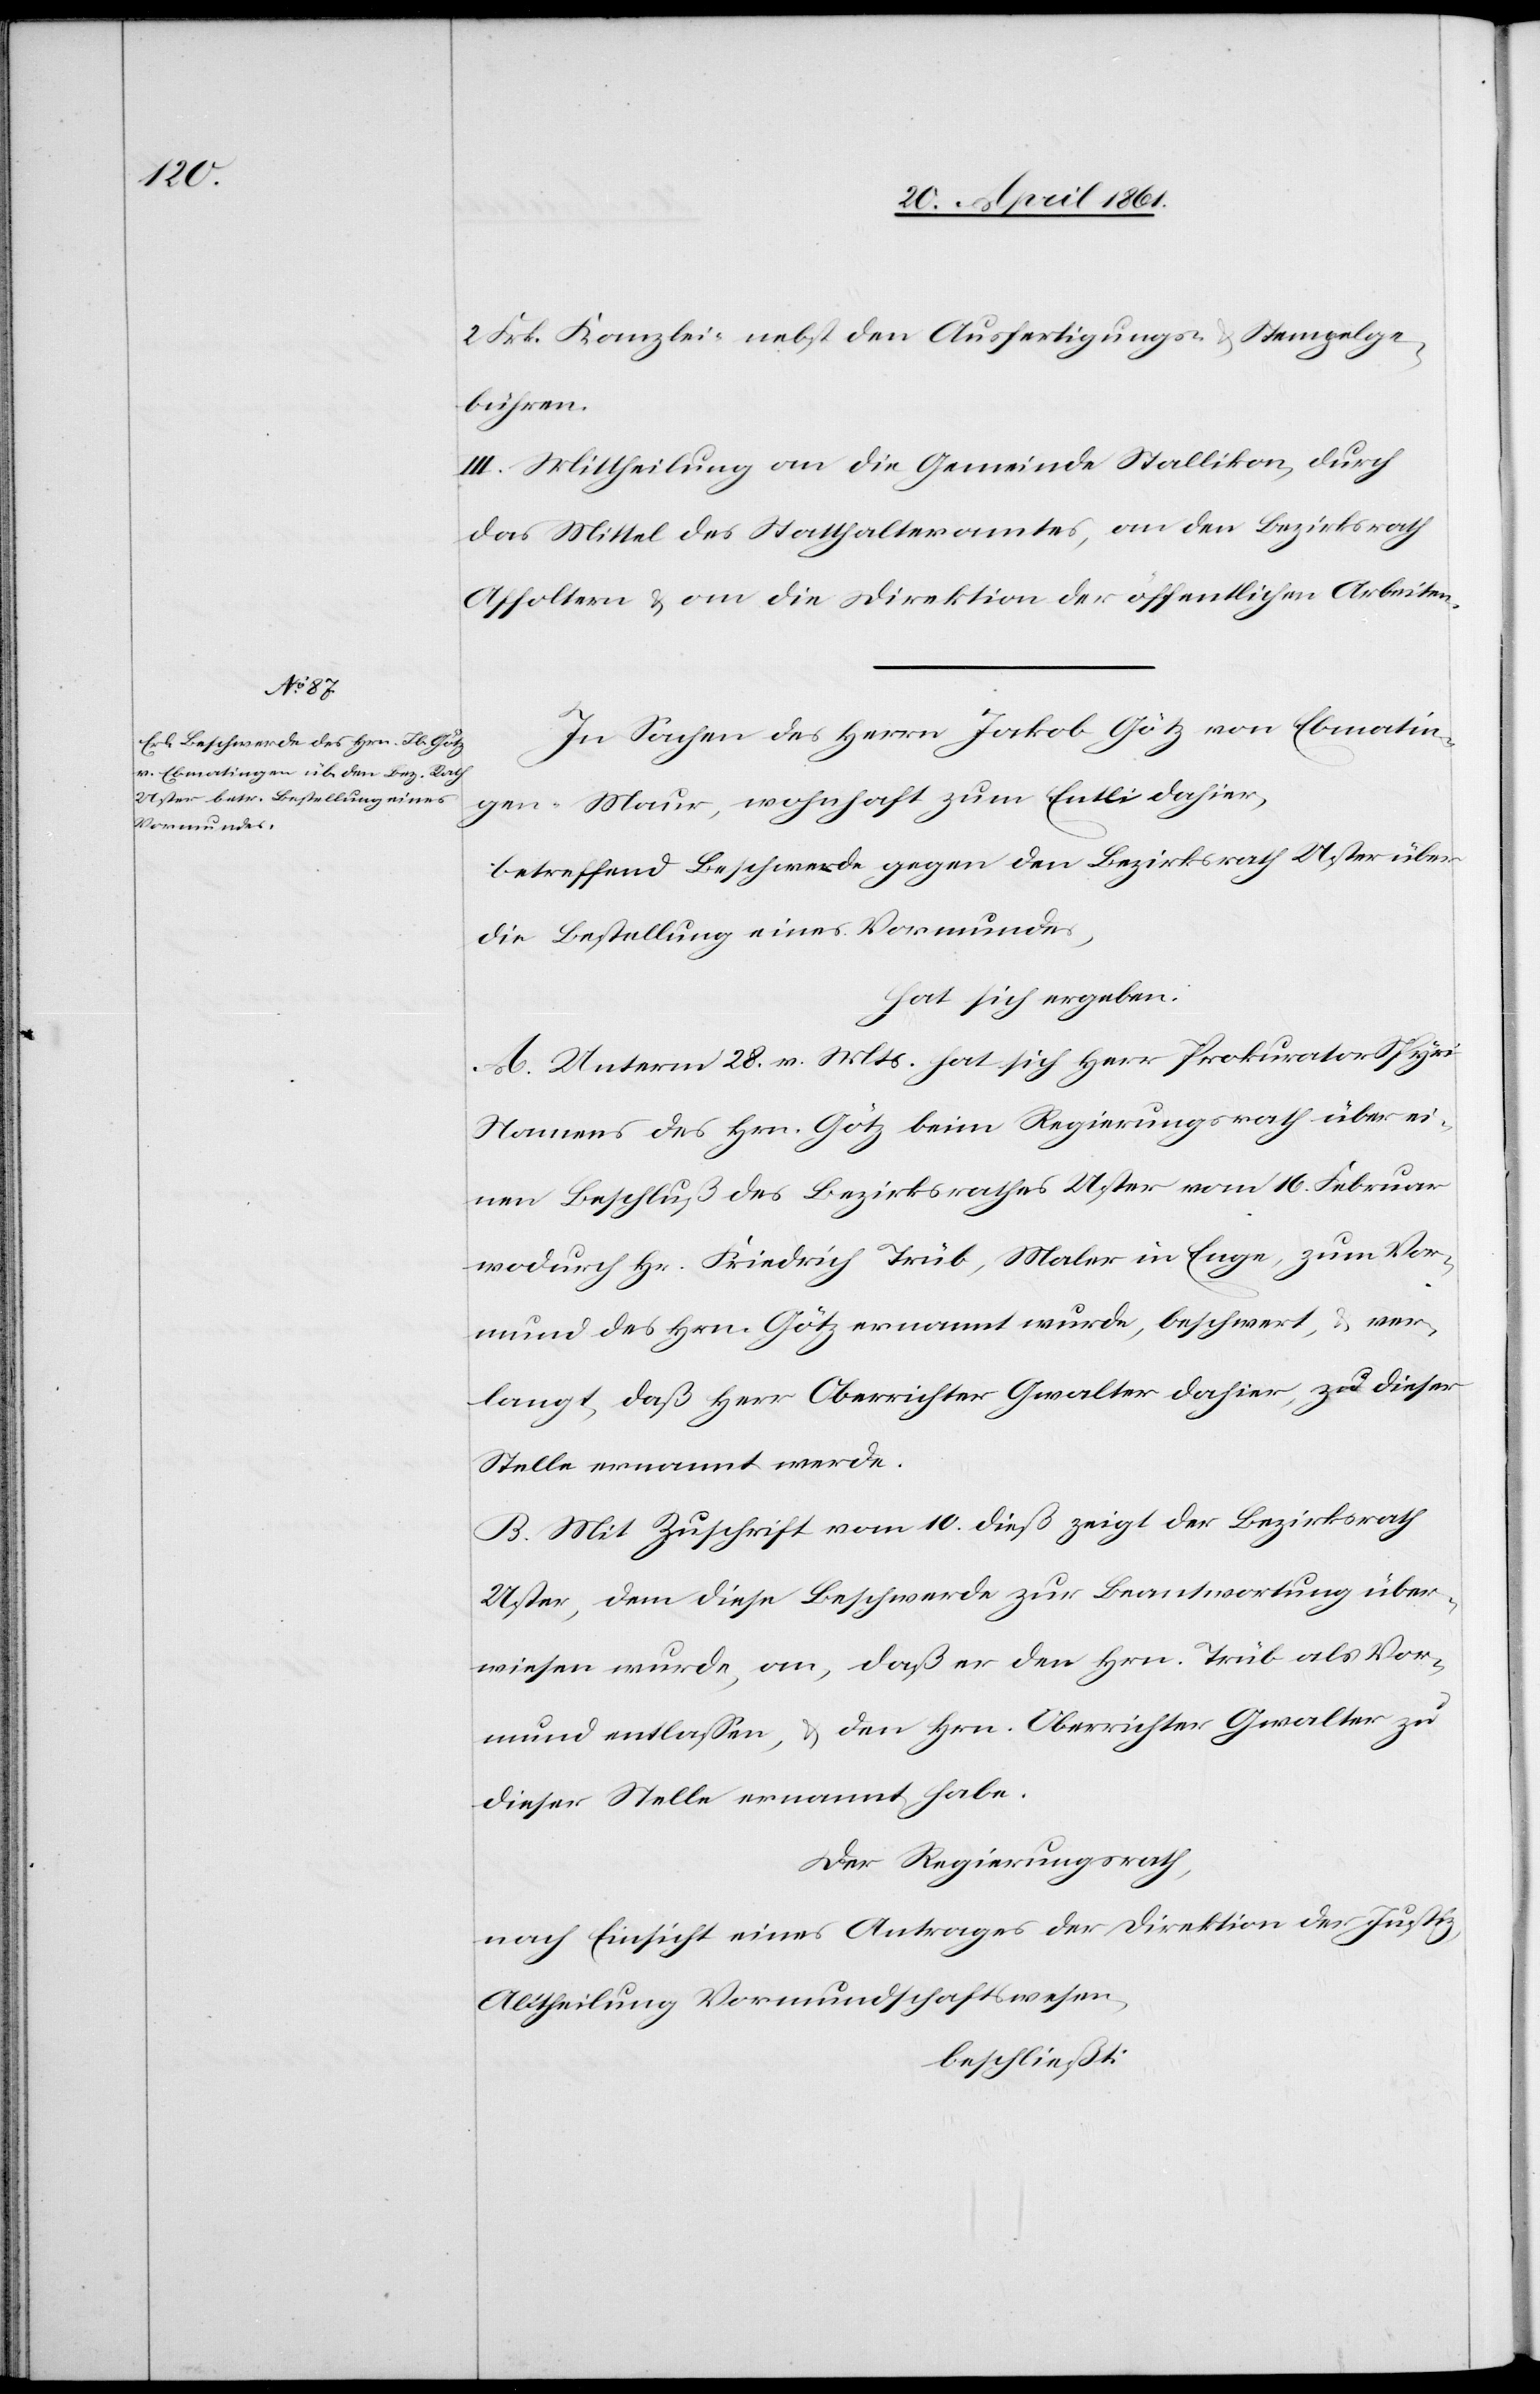
2. Frk. Kanzlei nebst den Ausfertigungs- u. Stempelge¬
bühren.
III. Mittheilung an die Gemeinde Stallikon, durch
das Mittel des Statthalteramtes, an den Bezirksrath
Affoltern u. an die Direktion der öffentlichen Arbeiten.
In Sachen des Herrn Jakob Götz, von Ebmatin¬
gen-Maur, wohnhaft zum Entli dahier,
betreffend Beschwerde gegen den Bezirksrath Uster über
die Bestellung eines Vormundes,
hat sich ergeben:
A. Unterm 28. v. Mts. hat sich Herr Prokurator Spyri
Namens des Hrn. Götz beim Regierungsrath über ei¬
nen Beschluß des Bezirksrathes Uster vom 16. Februar
wodurch Hr. Friedrich Trüb, Maler in Enge, zum Vor¬
mund des Hrn. Götz ernannt wurde, beschwert, u. ver¬
langt, daß Herr Oberrichter Gwalter dahier, zu dieser
Stelle ernannt werde.
B. Mit Zuschrift vom 10. dieß zeigt der Bezirksrath
Uster, dem diese Beschwerde zur Beantwortung über¬
wiesen wurde, an, daß er den Hrn. Trüb als Vor¬
mund entlassen, u. den Hrn. Oberrichter Gwalter zu
dieser Stelle ernannt habe.
Der Regierungsrath,
nach Einsicht eines Antrages der Direktion der Justiz,
Abtheilung Vormundschaftswesen,
beschließt: